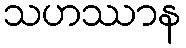
သဟဿာန